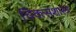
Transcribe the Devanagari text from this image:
चिक्त्सशास्त्र